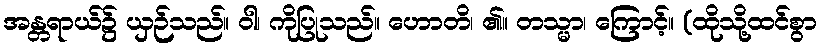
အန္တရာယ်၌ ယှဉ်သည်။ ဝါ၊ ကိုပြုသည်။ ဟောတိ၊ ၏။ တသ္မာ၊ ကြောင့်။ (ထိုသို့ထင်စွာ